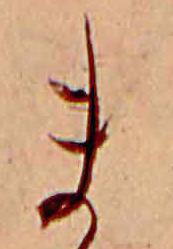
ま